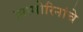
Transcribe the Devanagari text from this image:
झामोरिनांचे